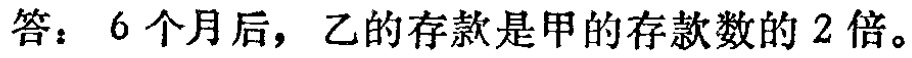
答：6个月后，乙的存款是甲的存款数的2倍。